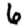
Digit: 6